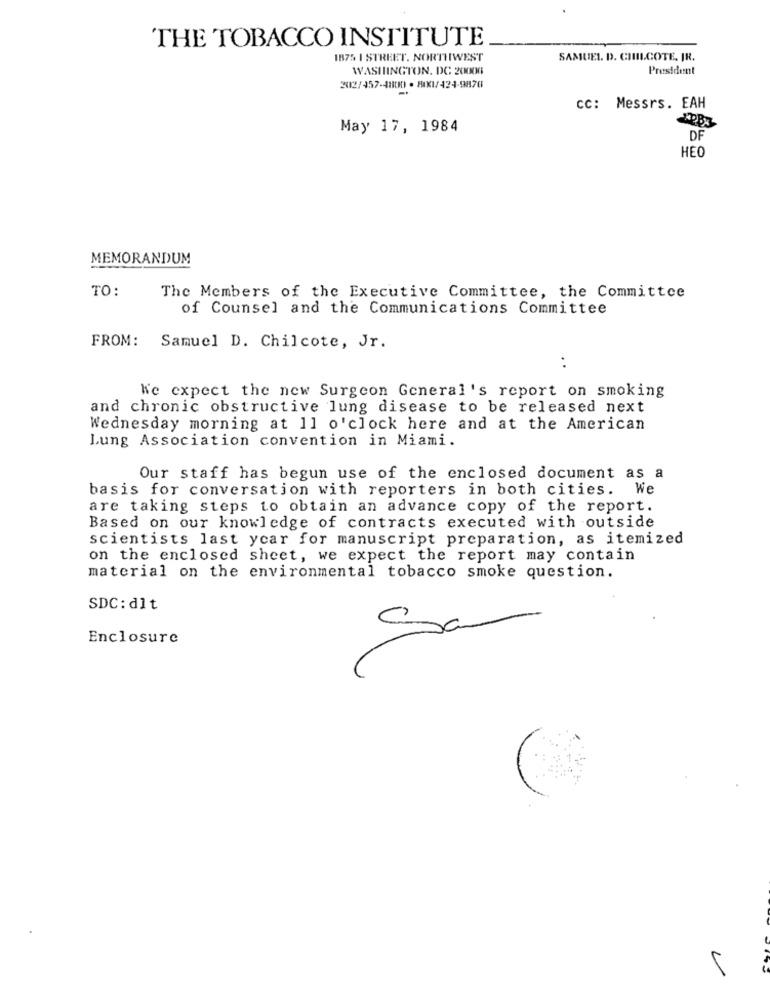
THE TOBACCO INSTITUTE
1875 I STREET. NORTHWEST
SAMUEL. D. CHILCOTE. IR.
WASHINGTON, DC 20006
President
202/457-480H) · MIX1/424-9876
cc: Messrs. EAH
May 17, 1984
DF
HEO
MEMORANDUM
TO:
The Members of the Executive Committee, the Committee
of Counsel and the Communications Committee
FROM: Samuel D. Chilcote, Jr.
. .
We expect the new Surgeon General's report on smoking
and chronic obstructive lung disease to be released next
Wednesday morning at 11 o'clock here and at the American
Lung Association convention in Miami.
Our staff has begun use of the enclosed document as a
basis for conversation with reporters in both cities. We
are taking steps to obtain an advance copy of the report.
Based on our knowledge of contracts executed with outside
scientists last year for manuscript preparation, as itemized
on the enclosed sheet, we expect the report may contain
material on the environmental tobacco smoke question.
SDC: dlt
Enclosure